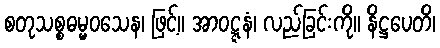
စတုသစ္စဓမ္မဝသေန၊ ဖြင့်။ အာဝဋ္ဋနံ၊ လည်ခြင်းကို။ နိဋ္ဌပေတိ၊